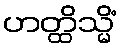
ဟတ္ထိသ္မိံ